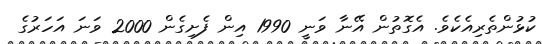
ކުޅުންތެރިއެކެވެ. އެގޮތުން އޭނާ ވަނީ 1990 އިން ފެށިގެން 2000 ވަނަ އަހަރުގެ